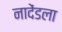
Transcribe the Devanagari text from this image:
नादेंडला